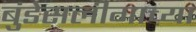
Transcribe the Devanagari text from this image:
बुंडेसलीगाच्या